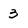
Character: 3